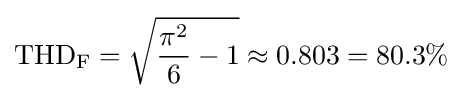
\mathrm {THD_{F}} ={\sqrt {{\frac {\pi ^{2}}{6}}-1}}\approx 0.803=80.3\%